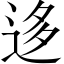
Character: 迻